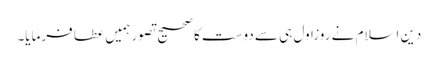
دین اسلام نے روزاول ہی سے دوست کا صحیح تصور ہمیں عطا فرمایا۔